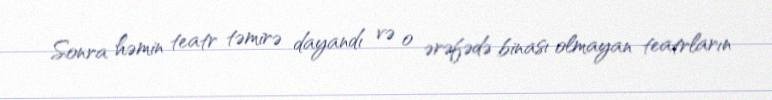
Sonra həmin teatr təmirə dayandı və o ərəfədə binası olmayan teatrların